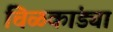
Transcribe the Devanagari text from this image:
चिळकांड्या